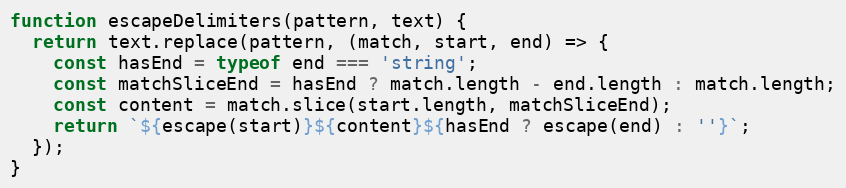
Language: JavaScript
function escapeDelimiters(pattern, text) {
  return text.replace(pattern, (match, start, end) => {
    const hasEnd = typeof end === 'string';
    const matchSliceEnd = hasEnd ? match.length - end.length : match.length;
    const content = match.slice(start.length, matchSliceEnd);
    return `${escape(start)}${content}${hasEnd ? escape(end) : ''}`;
  });
}